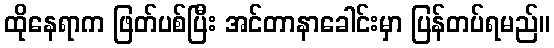
ထိုနေရာက ဖြတ်ပစ်ပြီး အင်တာနာခေါင်းမှာ ပြန်တပ်ရမည်။